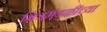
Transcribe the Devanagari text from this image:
मित्रमंडळींच्या